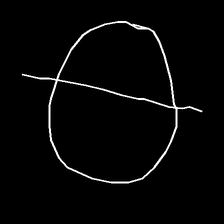
Glyph: orb